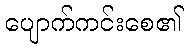
ပျောက်ကင်းစေ၏